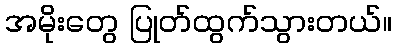
အမိုးတွေ ပြုတ်ထွက်သွားတယ်။